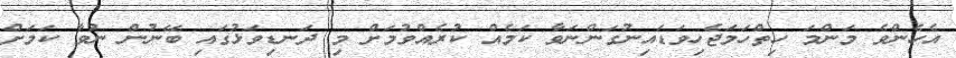
އެހެންވެ މަންމަ ހިތްހަމަޖެހިވަޑައިނުގަންނަވާ ކަމެއް ކުރެއްވުމަށް މި ދަނޑިވަޅުގައި ބޭނުން ނުވާ ކަމަށް